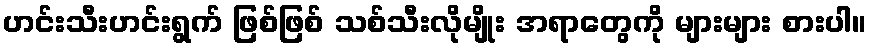
ဟင်းသီးဟင်းရွက် ဖြစ်ဖြစ် သစ်သီးလိုမျိုး အရာတွေကို များများ စားပါ။